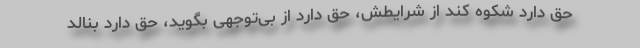
حق دارد شکوه کند از شرایطش، حق دارد از بی‌توجهی بگوید، حق دارد بنالد